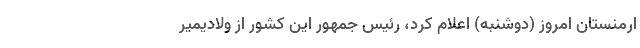
ارمنستان امروز (دوشنبه) اعلام کرد، رئیس جمهور این کشور از ولادیمیر